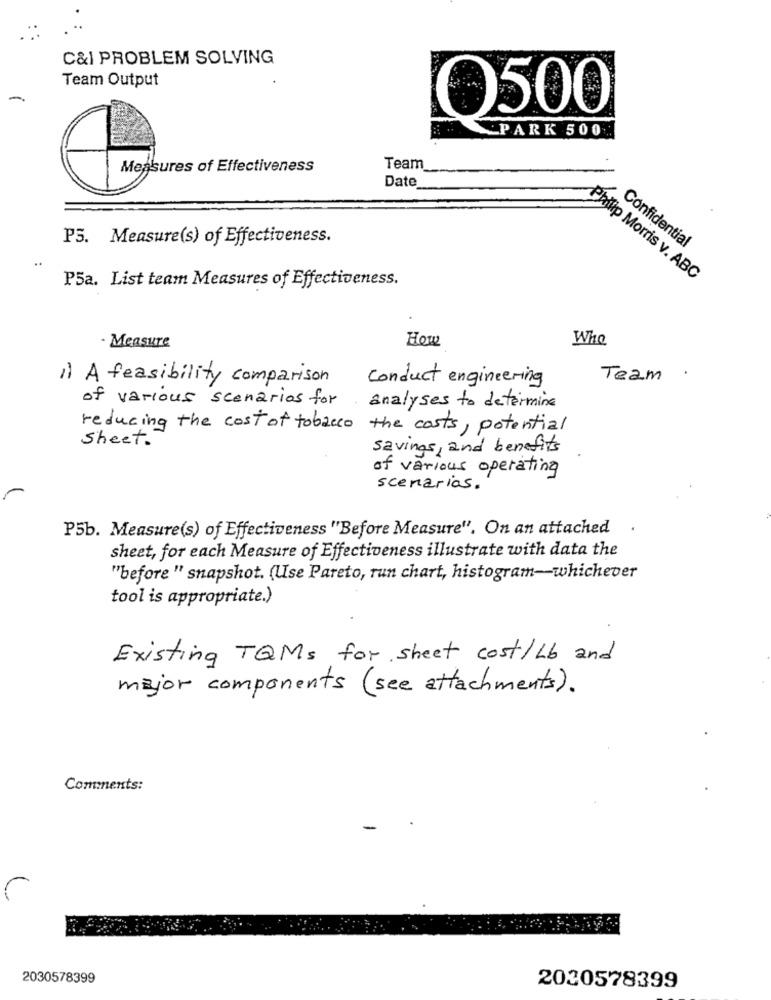
C&I PROBLEM SOLVING
Team Output
-
O500
PARK 500
Measures of Effectiveness
Team
Date
P5. Measure(s) of Effectiveness.
Confidential
P5a. List team Measures of Effectiveness.
Philip Morris v. ABC
How
Whe
- Measure
1) A feasibility comparison
Conduct engineering
Team .
of various scenarios for
analyses to determine
reducing the cost of tobacco the costs, potential
Sheet .
savings , and benefits
of various operating
scenarios .
P5b. Measure(s) of Effectiveness "Before Measure". On an attached .
sheet, for each Measure of Effectiveness illustrate with data the
"before " snapshot. (Use Pareto, run chart, histogram-whichever
tool is appropriate.)
Existing TQMs for sheet cost/ Lb and
major components (see attachments).
Comments:
2030578399
2020578399